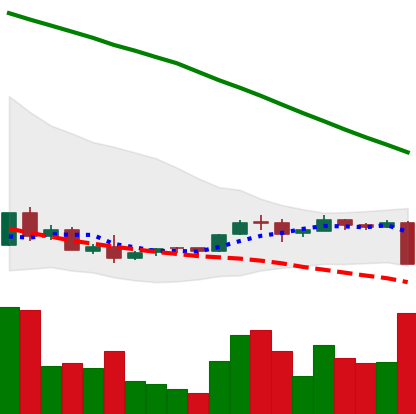
Ticker: ADA-USD
Chart end date: 2018-09-05
Forward return: -16.057%
Label: down_7plus